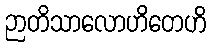
ဉာတိသာလောဟိတေဟိ